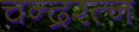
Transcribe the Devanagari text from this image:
चन्द्ररत्न